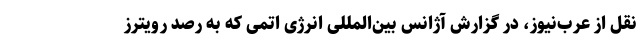
نقل از عرب‌نیوز، در گزارش آژانس بین‌المللی انرژی اتمی که به رصد رویترز